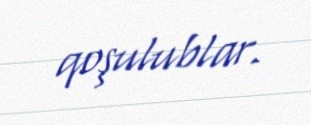
qoşulublar.